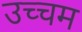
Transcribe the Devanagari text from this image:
उच्चम